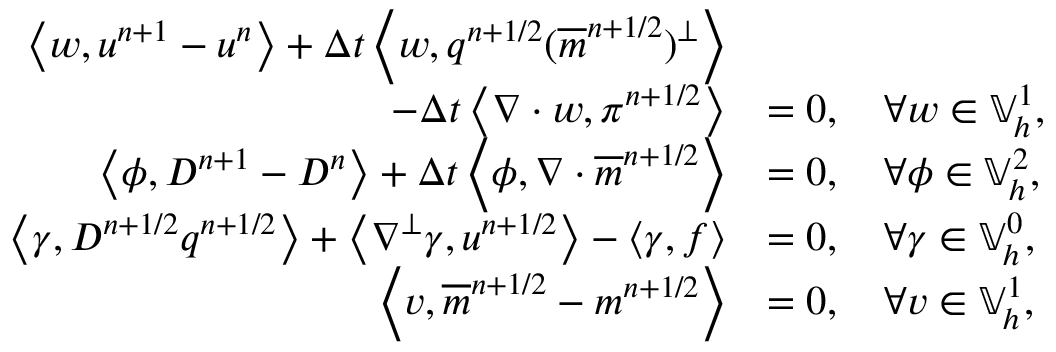
\begin{array} { r l } { \left\langle w , u ^ { n + 1 } - u ^ { n } \right\rangle + \Delta t \left\langle w , q ^ { n + 1 / 2 } ( \overline { { m } } ^ { n + 1 / 2 } ) ^ { \perp } \right\rangle } & { } \\ { \qquad - \Delta t \left\langle \nabla \cdot w , \pi ^ { n + 1 / 2 } \right\rangle } & { = 0 , \quad \forall w \in \mathbb { V } _ { h } ^ { 1 } , } \\ { \left\langle \phi , D ^ { n + 1 } - D ^ { n } \right\rangle + \Delta t \left\langle \phi , \nabla \cdot \overline { { m } } ^ { n + 1 / 2 } \right\rangle } & { = 0 , \quad \forall \phi \in \mathbb { V } _ { h } ^ { 2 } , } \\ { \left\langle \gamma , D ^ { n + 1 / 2 } q ^ { n + 1 / 2 } \right\rangle + \left\langle \nabla ^ { \perp } \gamma , u ^ { n + 1 / 2 } \right\rangle - \left\langle \gamma , f \right\rangle } & { = 0 , \quad \forall \gamma \in \mathbb { V } _ { h } ^ { 0 } , } \\ { \left\langle v , \overline { { m } } ^ { n + 1 / 2 } - m ^ { n + 1 / 2 } \right\rangle } & { = 0 , \quad \forall v \in \mathbb { V } _ { h } ^ { 1 } , } \end{array}